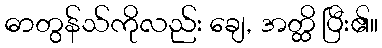
ဓာတွန်သ်ကိုလည်း ချေ, အတ္ထိ ပြီး၏။